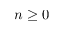
n \ge 0